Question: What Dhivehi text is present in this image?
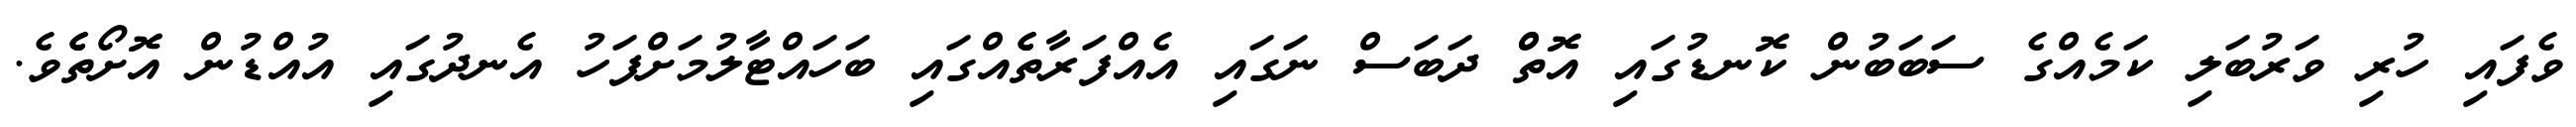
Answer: ވެފައި ހުރި ވަރުބަލި ކަމެއްގެ ސަބަބުން ކޮނޑުގައި އޮތްް ދަބަސް ނަގައި އެއްފަރާތެެއްގައި ބަހައްޓާލުމަށްފަހު އެނދުގައި އުއްޑުން އޮށޯތެެވެ.